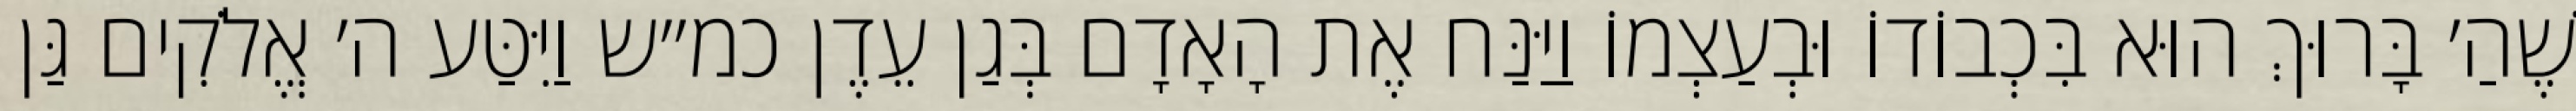
שֶׁהַ׳ בָּרוּךְ הוּא בִּכְבוֹדוֹ וּבְעַצְמוֹ וַיַּנַּח אֶת הָאָדָם בְּגַן עֵדֶן כמ״ש וַיִּטַּע ה׳ אֱלֹקִים גַּן